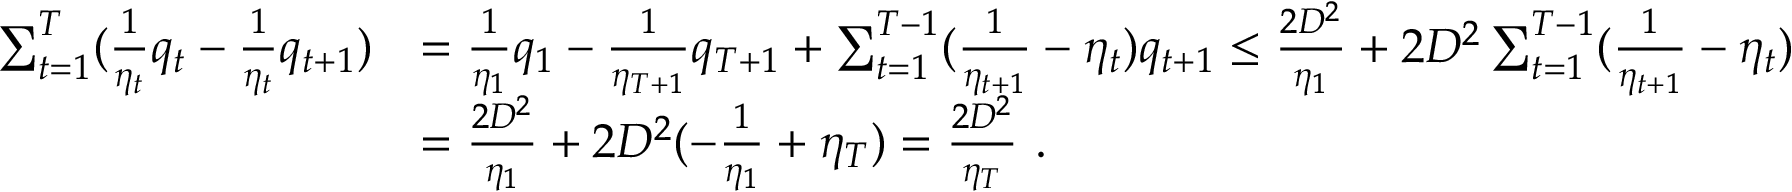
\begin{array} { r l } { \sum _ { t = 1 } ^ { T } ( \frac { 1 } { \eta _ { t } } q _ { t } - \frac { 1 } { \eta _ { t } } q _ { t + 1 } ) } & { = \frac { 1 } { \eta _ { 1 } } q _ { 1 } - \frac { 1 } { \eta _ { T + 1 } } q _ { T + 1 } + \sum _ { t = 1 } ^ { T - 1 } ( \frac { 1 } { \eta _ { t + 1 } } - \eta _ { t } ) q _ { t + 1 } \leq \frac { 2 D ^ { 2 } } { \eta _ { 1 } } + 2 D ^ { 2 } \sum _ { t = 1 } ^ { T - 1 } ( \frac { 1 } { \eta _ { t + 1 } } - \eta _ { t } ) } \\ & { = \frac { 2 D ^ { 2 } } { \eta _ { 1 } } + 2 D ^ { 2 } ( - \frac { 1 } { \eta _ { 1 } } + \eta _ { T } ) = \frac { 2 D ^ { 2 } } { \eta _ { T } } ~ . } \end{array}